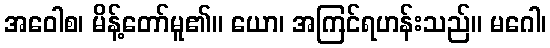
အဝေါစ၊ မိန့်တော်မူ၏။ ယော၊ အကြင်ရဟန်းသည်။ မဂေါ၊